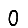
Digit: 0